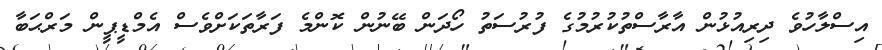
އިސްލާހުވެ ދިރިއުޅުން އާރާސްތުކުރުމުގެ ފުރުސަތު ހޯދަން ބޭނުން ކޮންމެ ފަރާތަކަށްވެސް އެމްޑީޕީން މަރްޙަބާ